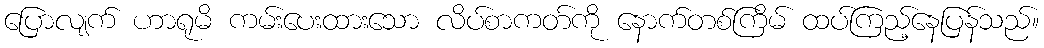
ပြောလျက် ဟာရုမိ ကမ်းပေးထားသော လိပ်စာကတ်ကို နောက်တစ်ကြိမ် ထပ်ကြည့်နေပြန်သည်။